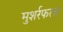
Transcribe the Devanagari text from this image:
मुशर्रफला